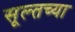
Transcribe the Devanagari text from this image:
सूल्तच्या